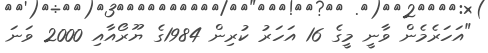
"އަހަރެމެން ވާނީ މީގެ 16 އަހަރު ކުރިން 1984ގެ ޔޫރޯއާއި 2000 ވަނަ